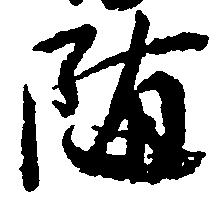
随